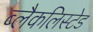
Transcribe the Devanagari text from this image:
ब्लैकलिस्टेड